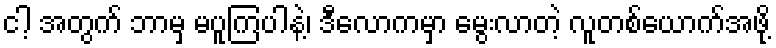
ငါ့ အတွက် ဘာမှ မပူကြပါနဲ့၊ ဒီလောကမှာ မွေးလာတဲ့ လူတစ်ယောက်အဖို့